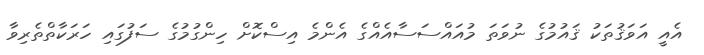
އެއީ އަވަޤުތަކު ޤައުމުގެ ނުވަތަ މުއައްސަސާއެއްގެ އެންމެ އިސްކޮށް ހިންގުމުގެ ސަފުގައި ހަރަކާތްތެރިވާ